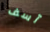
آسف